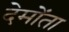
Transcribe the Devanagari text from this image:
देमोंता